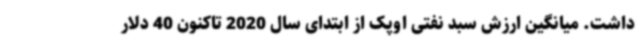
داشت. میانگین ارزش سبد نفتی اوپک از ابتدای سال 2020 تاکنون 40 دلار